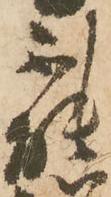
能